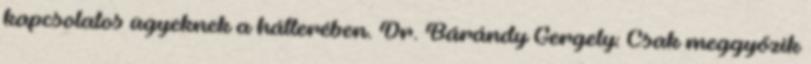
kapcsolatos ügyeknek a hátterében. Dr. Bárándy Gergely: Csak meggyőzik